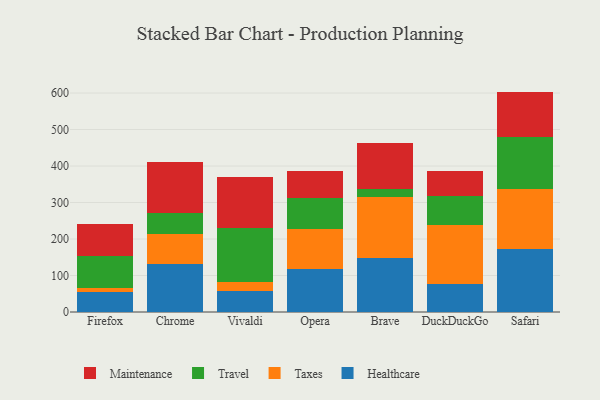
{"axis": {"x": "Browser", "y": "Market Share (%)"}, "legend": ["Healthcare", "Maintenance", "Taxes", "Travel"], "data": [{"x": "Firefox", "y": 55.3, "type": "Healthcare"}, {"x": "Firefox", "y": 10.6, "type": "Taxes"}, {"x": "Firefox", "y": 87.1, "type": "Travel"}, {"x": "Firefox", "y": 88.0, "type": "Maintenance"}, {"x": "Chrome", "y": 130.6, "type": "Healthcare"}, {"x": "Chrome", "y": 83.5, "type": "Taxes"}, {"x": "Chrome", "y": 57.9, "type": "Travel"}, {"x": "Chrome", "y": 138.1, "type": "Maintenance"}, {"x": "Vivaldi", "y": 56.3, "type": "Healthcare"}, {"x": "Vivaldi", "y": 25.5, "type": "Taxes"}, {"x": "Vivaldi", "y": 147.8, "type": "Travel"}, {"x": "Vivaldi", "y": 139.4, "type": "Maintenance"}, {"x": "Opera", "y": 117.6, "type": "Healthcare"}, {"x": "Opera", "y": 109.7, "type": "Taxes"}, {"x": "Opera", "y": 85.0, "type": "Travel"}, {"x": "Opera", "y": 73.0, "type": "Maintenance"}, {"x": "Brave", "y": 147.4, "type": "Healthcare"}, {"x": "Brave", "y": 168.6, "type": "Taxes"}, {"x": "Brave", "y": 19.8, "type": "Travel"}, {"x": "Brave", "y": 127.7, "type": "Maintenance"}, {"x": "DuckDuckGo", "y": 77.8, "type": "Healthcare"}, {"x": "DuckDuckGo", "y": 161.3, "type": "Taxes"}, {"x": "DuckDuckGo", "y": 78.5, "type": "Travel"}, {"x": "DuckDuckGo", "y": 69.2, "type": "Maintenance"}, {"x": "Safari", "y": 173.4, "type": "Healthcare"}, {"x": "Safari", "y": 162.6, "type": "Taxes"}, {"x": "Safari", "y": 144.0, "type": "Travel"}, {"x": "Safari", "y": 123.9, "type": "Maintenance"}]}